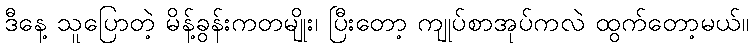
ဒီနေ့ သူပြောတဲ့ မိန့်ခွန်းကတမျိုး၊ ပြီးတော့ ကျုပ်စာအုပ်ကလဲ ထွက်တော့မယ်။